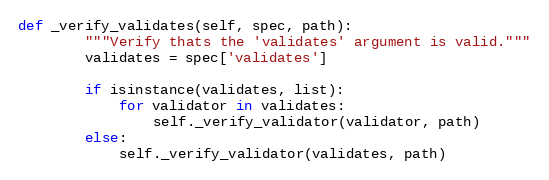
Language: Python
def _verify_validates(self, spec, path):
        """Verify thats the 'validates' argument is valid."""
        validates = spec['validates']

        if isinstance(validates, list):
            for validator in validates:
                self._verify_validator(validator, path)
        else:
            self._verify_validator(validates, path)